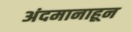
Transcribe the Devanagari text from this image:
अंदमानाहून